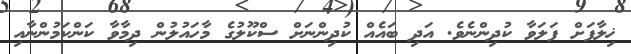
ޚިލާފަށް ފަލަވާ ކުދިންނެވެ. އަދި ބައެއް ކުދިންނަށް ސްކޫލުގެ މާހައުލުން ދިމާވާ ކަންކަމުންނާއި